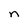
Character: n